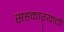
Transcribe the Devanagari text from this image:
सहकाऱ्याची